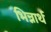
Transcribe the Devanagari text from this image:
भिन्नार्थ